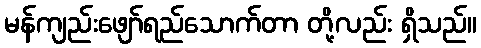
မန်ကျည်းဖျော်ရည်သောက်တာ တို့လည်း ရှိသည်။